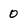
Character: 0